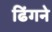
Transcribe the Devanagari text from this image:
ढिंगने